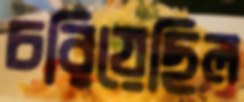
চরিয়েছিল